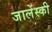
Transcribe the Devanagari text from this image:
जालेंस्की